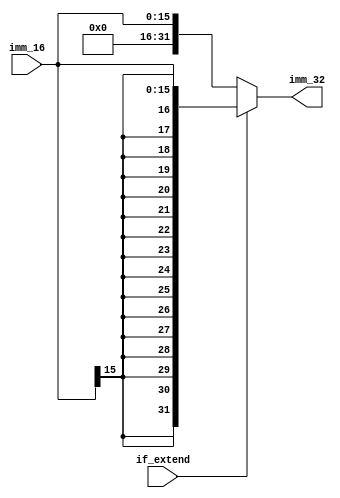
module imm_extend(imm_16, imm_32, if_extend);

input if_extend;
input [15:0] imm_16;

output [31:0] imm_32;

assign imm_32=(if_extend)? {{16{imm_16[15]}},imm_16}: {16'h0000,imm_16};

endmodule